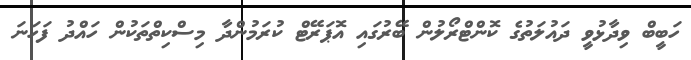
ހަބީބް ވިދާޅުވީ ދައުލަތުގެ ކޮންޓްރޯލުން ބޭރުގައި އޮޕަރޭޓް ކުރަމުންދާ މިސްކިތްތަކުން ހައްދު ފަހަނަ